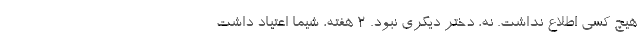
هیچ کسی اطلاع نداشت. نه، دختر دیگری نبود. ۲ هفته، شیما اعتیاد داشت